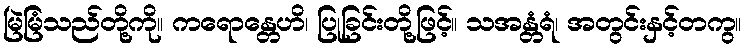
မြဲမြံသည်တို့ကို။ ကရောန္တေဟိ၊ ပြုခြင်းတို့ဖြင့်။ သအန္တံရံ၊ အတွင်းနှင့်တကွ။